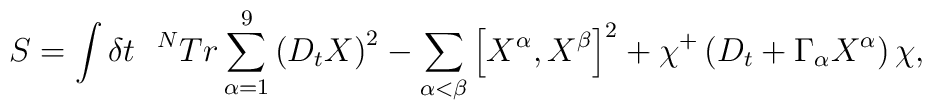
S=\int \delta t~~^{N}Tr\sum_{\alpha =1}^{9}\left( D_{t}X\right)^{2}-\sum_{\alpha <\beta }\left[ X^{\alpha },X^{\beta }\right] ^{2}+\chi^{+}\left( D_{t}+\Gamma _{\alpha }X^{\alpha }\right) \chi ,